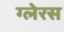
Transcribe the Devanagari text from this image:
ग्लेरस